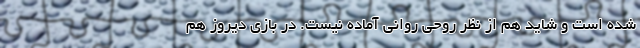
شده است و شاید هم از نظر روحی روانی آماده نیست. در بازی دیروز هم